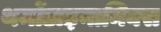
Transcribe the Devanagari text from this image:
थर्मोडाइनामिक्स